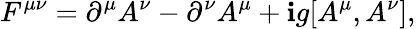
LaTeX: F^{\mu\nu}=\partial^{\mu}A^{\nu}-\partial^{\nu}A^{\mu}+\mathbf{i}g[A^{\mu},A^{\nu}],